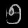
Digit: ၅